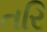
તરિ